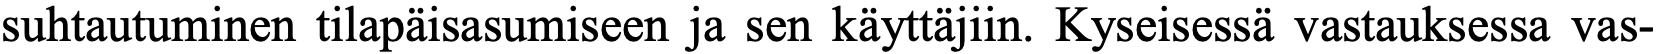
suhtautuminen tilapäisasumiseen ja sen käyttäjiin. Kyseisessä vastauksessa vas-